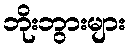
ဘိုးဘွားများ